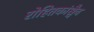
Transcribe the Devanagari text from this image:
रोहितकांश्चैव